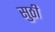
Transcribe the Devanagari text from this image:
सुठी